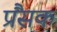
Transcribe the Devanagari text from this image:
प्रैंसक